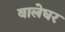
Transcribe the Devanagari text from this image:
बालेघर